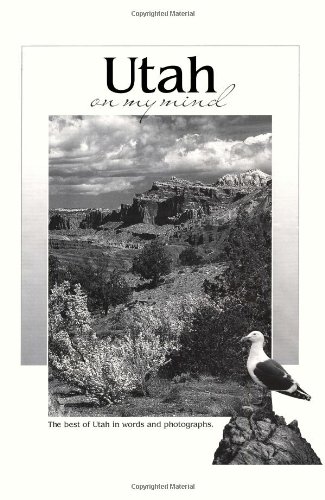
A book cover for Utah on My Mind: The Best of Utah in Words and Photographs (America on My Mind); Mont.) Falcon Publishing (Helena; Travel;